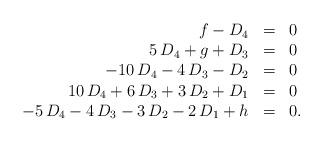
LaTeX: \begin{align*}\begin{array}{rcl} f-D_{4}&=&0\\ 5\,D_{4}+g+D_{3}&=&0\\ -10\,D_{4}-4\,D_{3}-D_{2}&=&0\\ 10\,D_{4}+6\,D_{3}+3\,D_{2}+D_{1}&=&0\\ -5\,D_{4}-4\,D_{3}-3\,D_{2}-2\,D_{1}+h&=&0. \end{array} \end{align*}